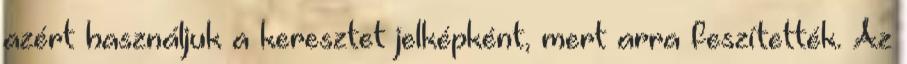
azért használjuk a keresztet jelképként, mert arra feszítették. Az